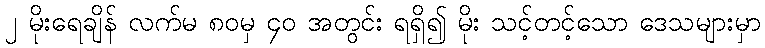
၂ မိုးရေချိန် လက်မ ၈၀မှ ၄၀ အတွင်း ရရှိ၍ မိုး သင့်တင့်သော ဒေသများမှာ